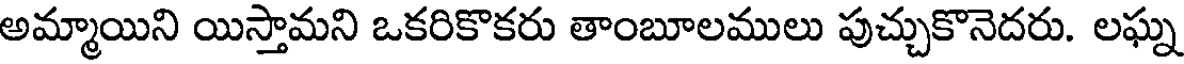
అమ్మాయిని యిస్తామని ఒకరికొకరు తాంబూలములు పుచ్చుకొనెదరు. లఘ్న